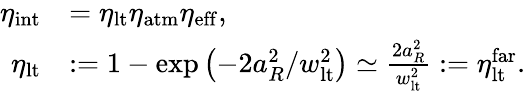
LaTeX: \begin{array}{rl}{\eta_{\mathrm{int}}}&{=\eta_{\mathrm{lt}}\eta_{\mathrm{atm}}\eta_{\mathrm{eff}},}\\ {\eta_{\mathrm{lt}}}&{:=1-\exp\left(-2a_{R}^{2}/w_{\mathrm{lt}}^{2}\right)\simeq\frac{2a_{R}^{2}}{w_{\mathrm{lt}}^{2}}:=\eta_{\mathrm{lt}}^{\mathrm{far}}.}\end{array}